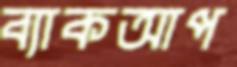
ব্যাকআপ